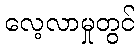
လေ့လာမှုတွင်